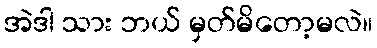
အဲဒါ သား ဘယ် မှတ်မိတော့မလဲ။